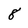
Character: 8